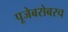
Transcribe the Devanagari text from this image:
पूजेबरोबरच